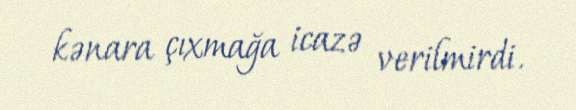
kənara çıxmağa icazə verilmirdi.